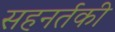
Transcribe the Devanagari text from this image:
सहनर्तकी